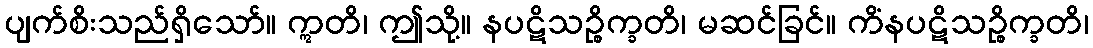
ပျက်စိးသည်ရှိသော်။ ဣတိ၊ ဤသို့။ နပဋိသဉ္စိက္ခတိ၊ မဆင်ခြင်။ ကိံနပဋိသဉ္စိက္ခတိ၊